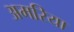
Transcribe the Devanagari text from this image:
अमरिया